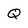
Character: Q